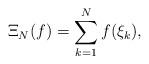
LaTeX: \begin{align*} \Xi_N(f)= \sum_{k=1}^N f(\xi_k) ,\end{align*}